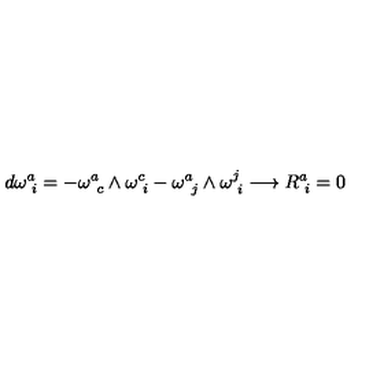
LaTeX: d \omega _ { \phantom { i } i } ^ { a } = - \omega _ { \phantom { c } c } ^ { a } \wedge \omega _ { \phantom { i } i } ^ { c } - \omega _ { \phantom { j } j } ^ { a } \wedge \omega _ { \phantom { i } i } ^ { j } \longrightarrow R _ { \phantom { i } i } ^ { a } = 0